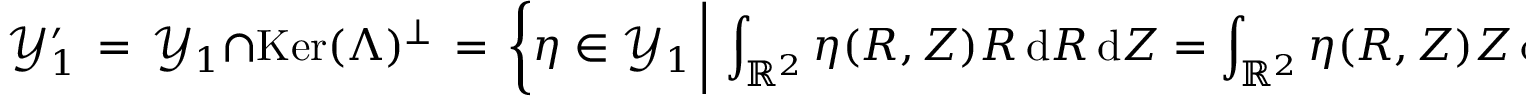
\mathcal { Y } _ { 1 } ^ { \prime } \, = \, \mathcal { Y } _ { 1 } \cap \mathop { \mathrm { K e r } } ( \Lambda ) ^ { \perp } \, = \, \biggl \{ \eta \in \mathcal { Y } _ { 1 } \, \bigg | \, \int _ { \mathbb { R } ^ { 2 } } \eta ( R , Z ) R \, \mathrm { d } R \, \mathrm { d } Z = \int _ { \mathbb { R } ^ { 2 } } \eta ( R , Z ) Z \, \mathrm { d } R \, \mathrm { d } Z = 0 \biggr \} \, .